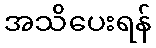
အသိပေးရန်